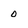
Character: 0